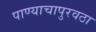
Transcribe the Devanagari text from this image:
पाण्याचापुरवठा